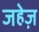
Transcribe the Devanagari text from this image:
जहेज़